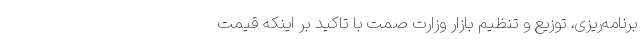
برنامه‌ریزی، توزیع و تنظیم بازار وزارت صمت با تاکید بر اینکه قیمت